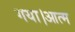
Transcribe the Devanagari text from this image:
गया।आत्म